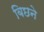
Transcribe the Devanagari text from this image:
बिछने